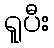
ရူပီး